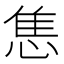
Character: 𢛧